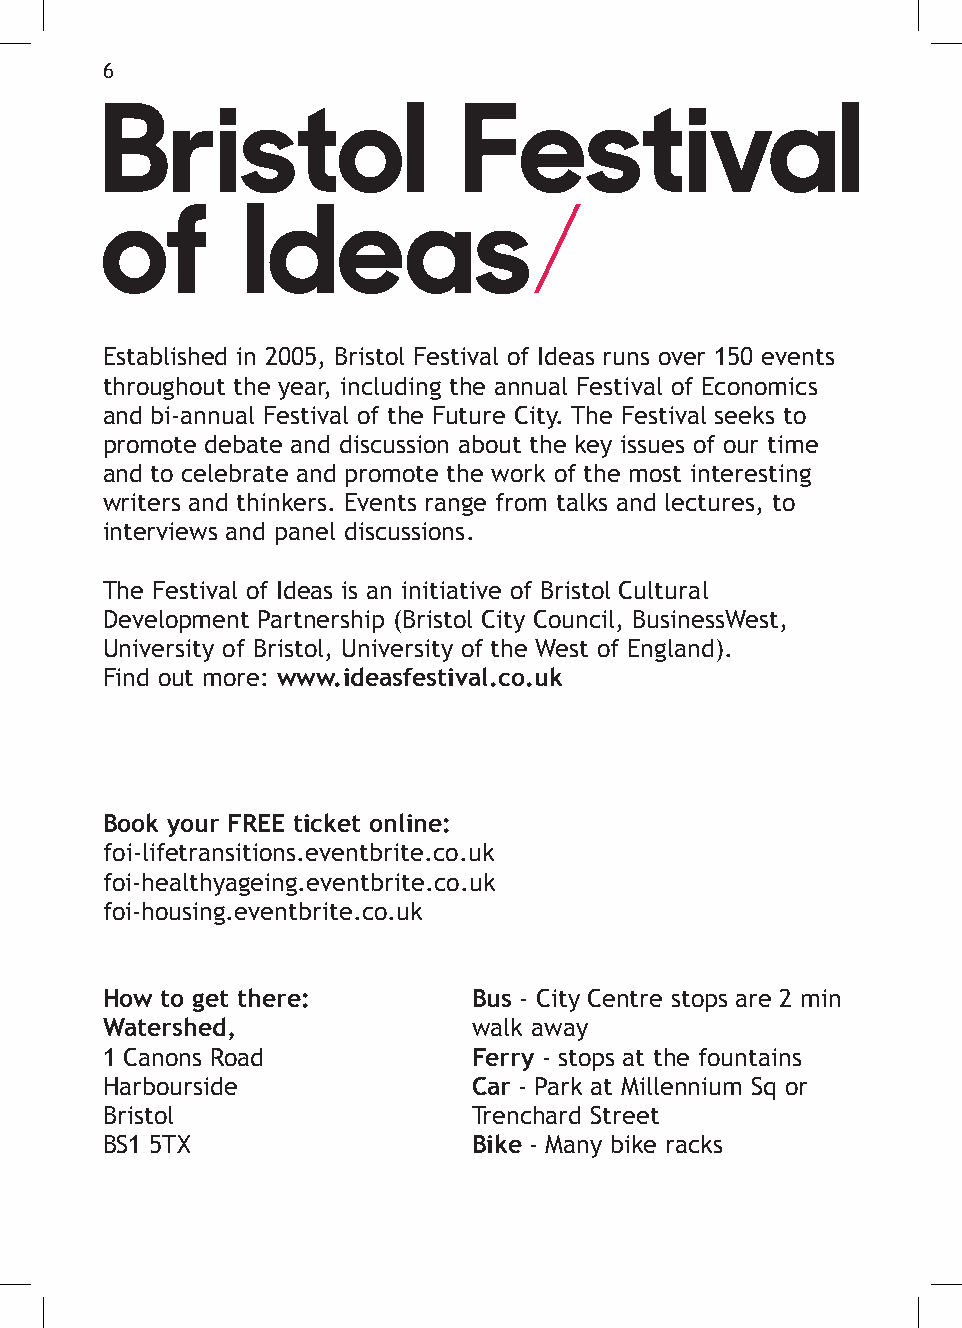
6
 Established in 2005, Bristol Festival of Ideas runs over 150 events
 throughout the year, including the annual Festival of Economics
 and bi-annual Festival of the Future City. The Festival seeks to
 promote debate and discussion about the key issues of our time
 and to celebrate and promote the work of the most interesting
 writers and thinkers. Events range from talks and lectures, to
 interviews and panel discussions.
 The Festival of Ideas is an initiative of Bristol Cultural
 Development Partnership (Bristol City Council, BusinessWest,
 University of Bristol, University of the West of England).
 Find out more: www.ideasfestival.co.uk
 Book your FREE ticket online:
 foi-lifetransitions.eventbrite.co.uk
 foi-healthyageing.eventbrite.co.uk
 foi-housing.eventbrite.co.uk
 How to get there:       Bus - City Centre stops are 2 min
 Watershed,              walk away
 1 Canons Road           Ferry - stops at the fountains
 Harbourside             Car - Park at Millennium Sq or
 Bristol                 Trenchard Street
 BS1 5TX                 Bike - Many bike racks